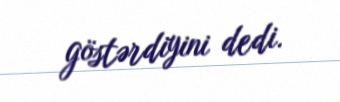
göstərdiyini dedi.